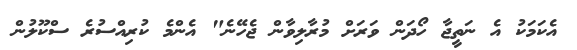
އެކަމަކު އެ ނަތީޖާ ހޯދަން ވަރަށް މުރާލިވާން ޖެހޭނެ" އެންމެ ކުރިއްސުރެ ސްކޫލުން